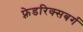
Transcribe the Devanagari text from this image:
फ़्रेडरिक्सबर्ग